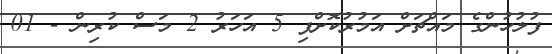
ފުލުހުންގެ މައްޗަށް އަމުރުކޮށްފި 5 އަހަރު 2 މަސް ކުރިން - 01